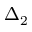
\Delta _ { 2 }